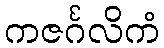
ကဇင်္ဂလိကံ